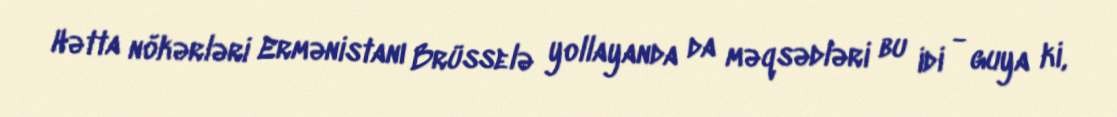
Hətta nökərləri Ermənistanı Brüsselə yollayanda da məqsədləri bu idi - guya ki,